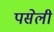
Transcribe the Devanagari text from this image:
पसेली